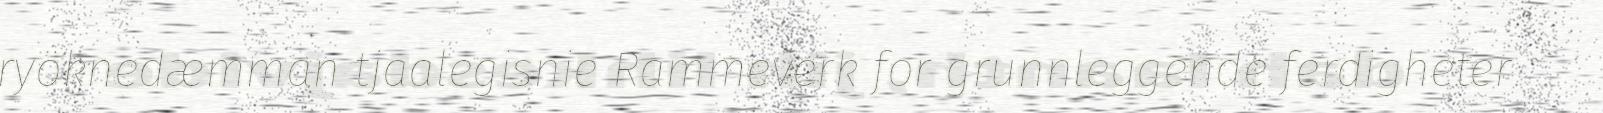
ryöknedæmman tjaalegisnie Rammeverk for grunnleggende ferdigheter